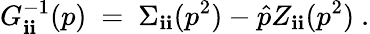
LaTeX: G_{\mathbf{i}\mathbf{i}}^{-1}(p)\ =\ \Sigma_{\mathbf{i}\mathbf{i}}(p^{2})-\hat{{p}}Z_{\mathbf{i}\mathbf{i}}(p^{2})\ .